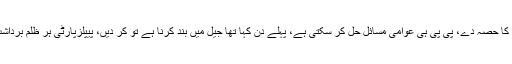
پیپلز پارٹی کے چیئرمین کا کہنا تھا کہ پہلے دن سے کہہ رہے ہیں وفاق این ایف سی کی مد میں صوبے کا حصہ دے، پی پی ہی عوامی مسائل حل کر سکتی ہے، پہلے دن کہا تھا جیل میں بند کرنا ہے تو کر دیں، پیپلزپارٹی ہر ظلم برداشت کرنے کیلئے تیار ہے، ماضی میں اپوزیشن میں ہونے کے باوجود کسی دھرنے میں شامل نہیں ہوئے۔